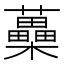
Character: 蘽